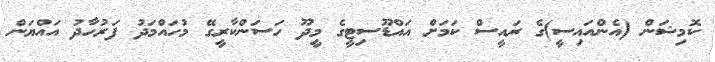
ކޮމިޝަން (އެންއައިސީ)ގެ ރައީސް ކަމަށް އައްޑޫސިޓީގެ މީދޫ ހަސަންކާރީގޭ މުހައްމަދު ފަރުހާދު އައްޔަން